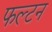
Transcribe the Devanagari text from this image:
फल्टन